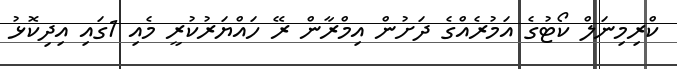
ކްރިމިނަލް ކޯޓުގެ އަމުރެއްގެ ދަށުން އިމްރާން ރޭ ހައްޔަރުކުރީ މެއި 1ގައި އިދިކޮޅު